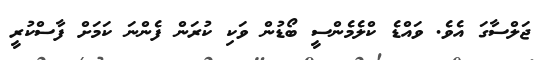
ޖަލްސާގަ އެވެ. ވައްޑެ ކްލެމެންސީ ބޯޑުން ވަކި ކުރަން ފެންނަ ކަމަށް ފާސްކުރީ